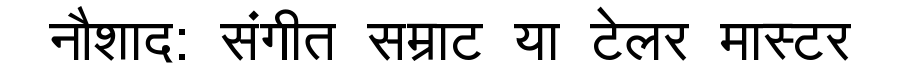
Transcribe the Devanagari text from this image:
नौशाद: संगीत सम्राट या टेलर मास्टर